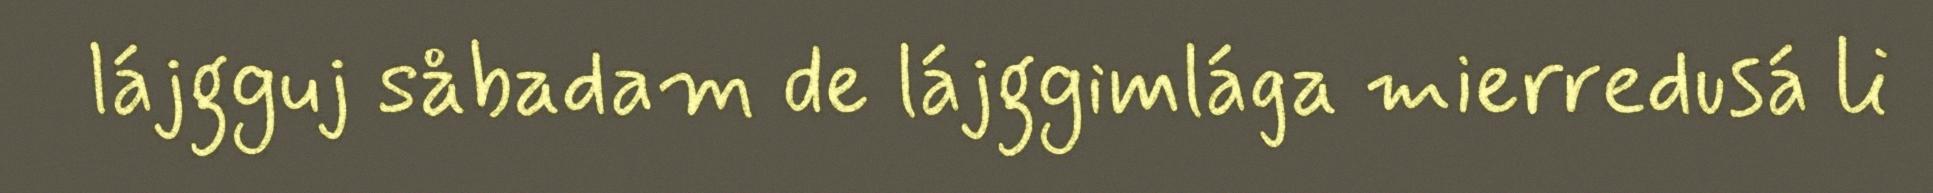
lájgguj såbadam de lájggimlága mierredusá li